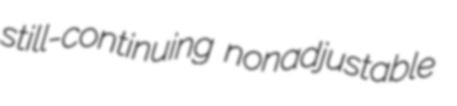
still-continuing nonadjustable